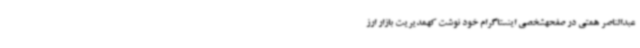
عبدالناصر همتی در صفحهشخصی اینستاگرام خود نوشت کهمدیریت بازار ارز